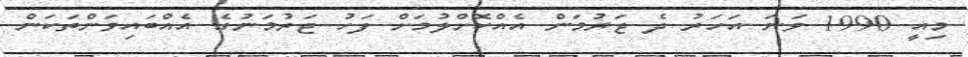
މިއީ 1990 ވަނަ އަހަރު ދެ ޖަރުމަން އެއްކޮށްލުމަށް ފަހު ޖަރުމަނުގެ އެއްބައިވަންތަކަން